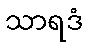
သာရဒံ